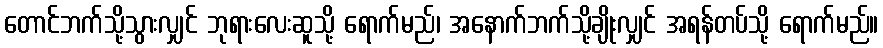
တောင်ဘက်သို့သွားလျှင် ဘုရားလေးဆူသို့ ရောက်မည်၊ အနောက်ဘက်သို့ချိုးလျှင် အရန်တပ်သို့ ရောက်မည်။